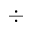
\div